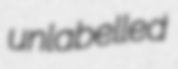
unlabelled